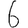
Digit: 6